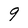
Character: 9